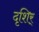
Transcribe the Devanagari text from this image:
दृशिर्